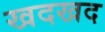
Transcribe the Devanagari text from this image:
खदखद